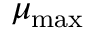
\mu _ { \mathrm { m a x } }